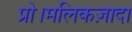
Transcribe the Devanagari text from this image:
प्रो।मलिकज़ादा